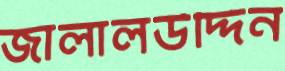
জালালউদ্দিন